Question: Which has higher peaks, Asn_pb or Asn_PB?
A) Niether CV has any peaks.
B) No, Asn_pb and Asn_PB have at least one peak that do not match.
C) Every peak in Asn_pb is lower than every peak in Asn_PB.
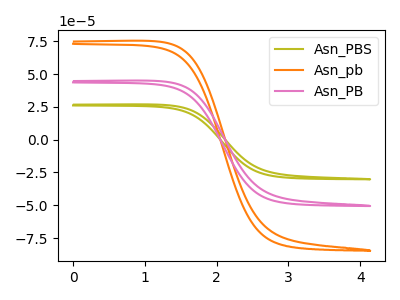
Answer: <think>The olive curve "Asn_PBS" has no peaks. The orange curve "Asn_pb" has no peaks. The pink curve "Asn_PB" has no peaks.</think>
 <answer>A) Niether CV has any peaks.</answer>
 <eval>A</eval>